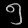
Digit: ၅